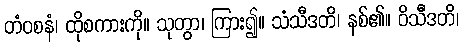
တံဝစနံ၊ ထိုစကားကို။ သုတွာ၊ ကြား၍။ သံသီဒတိ၊ နစ်၏။ ဝိသီဒတိ၊